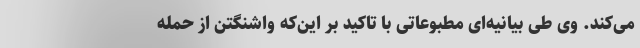
می‌کند. وی طی بیانیه‌ای مطبوعاتی با تاکید بر این‌که واشنگتن از حمله